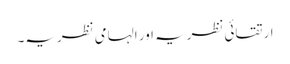
ارتقائی نظریہ اور الہامی نظریہ۔